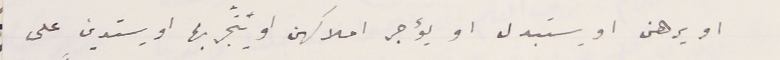
او يرهن او يستبدل او يؤجر املاكهن او يتّجر بها او يستدين على